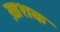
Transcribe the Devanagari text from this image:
ख़शक